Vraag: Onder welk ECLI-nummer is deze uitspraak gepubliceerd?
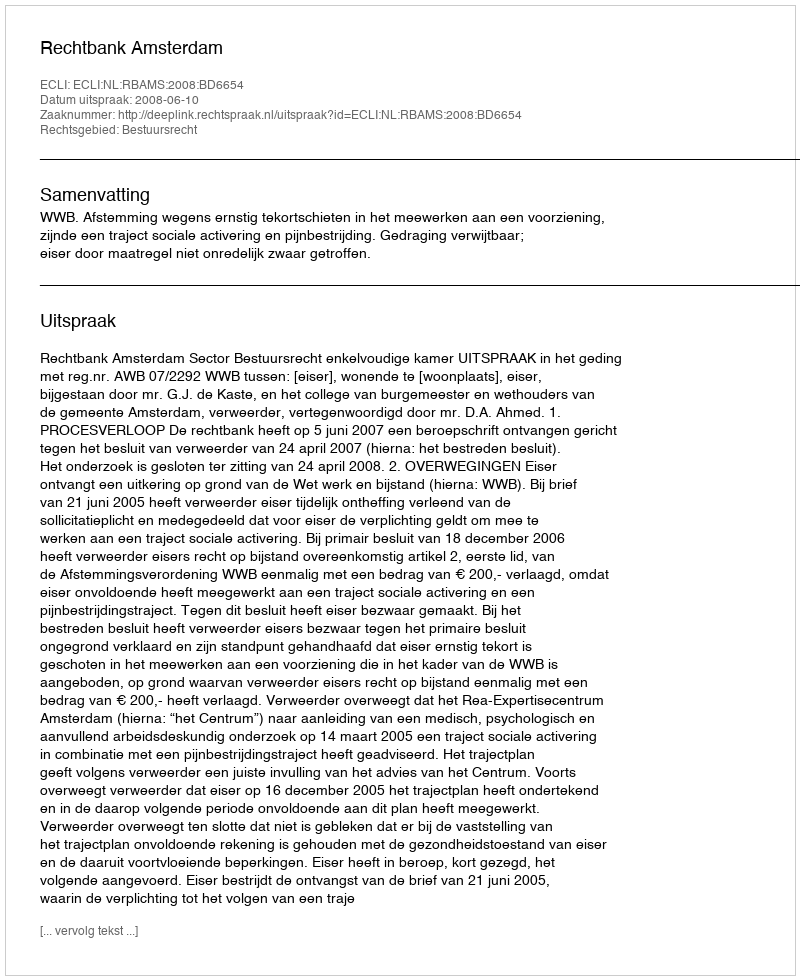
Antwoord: ECLI:NL:RBAMS:2008:BD6654